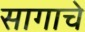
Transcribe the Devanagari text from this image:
सागाचे